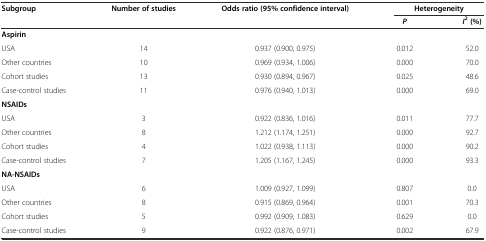
<table><thead><tr><td><b>Subgroup</b></td><td><b>Number of studies</b></td><td><b>Odds ratio (95% confidence interval)</b></td><td colspan="2"><b>Heterogeneity</b></td></tr><tr><td></td><td></td><td></td><td><b><i>P</i></b></td><td><b><i>I</i><sup>2</sup>(%)</b></td></tr></thead><tbody><tr><td><b>Aspirin</b></td><td></td><td></td><td></td><td></td></tr><tr><td>USA</td><td>14</td><td>0.937 (0.900, 0.975)</td><td>0.012</td><td>52.0</td></tr><tr><td>Other countries</td><td>10</td><td>0.969 (0.934, 1.006)</td><td>0.000</td><td>70.0</td></tr><tr><td>Cohort studies</td><td>13</td><td>0.930 (0.894, 0.967)</td><td>0.025</td><td>48.6</td></tr><tr><td>Case-control studies</td><td>11</td><td>0.976 (0.940, 1.013)</td><td>0.000</td><td>69.0</td></tr><tr><td><b>NSAIDs</b></td><td></td><td></td><td></td><td></td></tr><tr><td>USA</td><td>3</td><td>0.922 (0.836, 1.016)</td><td>0.011</td><td>77.7</td></tr><tr><td>Other countries</td><td>8</td><td>1.212 (1.174, 1.251)</td><td>0.000</td><td>92.7</td></tr><tr><td>Cohort studies</td><td>4</td><td>1.022 (0.938, 1.113)</td><td>0.000</td><td>90.2</td></tr><tr><td>Case-control studies</td><td>7</td><td>1.205 (1.167, 1.245)</td><td>0.000</td><td>93.3</td></tr><tr><td><b>NA-NSAIDs</b></td><td></td><td></td><td></td><td></td></tr><tr><td>USA</td><td>6</td><td>1.009 (0.927, 1.099)</td><td>0.807</td><td>0.0</td></tr><tr><td>Other countries</td><td>8</td><td>0.915 (0.869, 0.964)</td><td>0.001</td><td>70.3</td></tr><tr><td>Cohort studies</td><td>5</td><td>0.992 (0.909, 1.083)</td><td>0.629</td><td>0.0</td></tr><tr><td>Case-control studies</td><td>9</td><td>0.922 (0.876, 0.971)</td><td>0.002</td><td>67.9</td></tr></tbody></table>